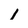
Character: 1